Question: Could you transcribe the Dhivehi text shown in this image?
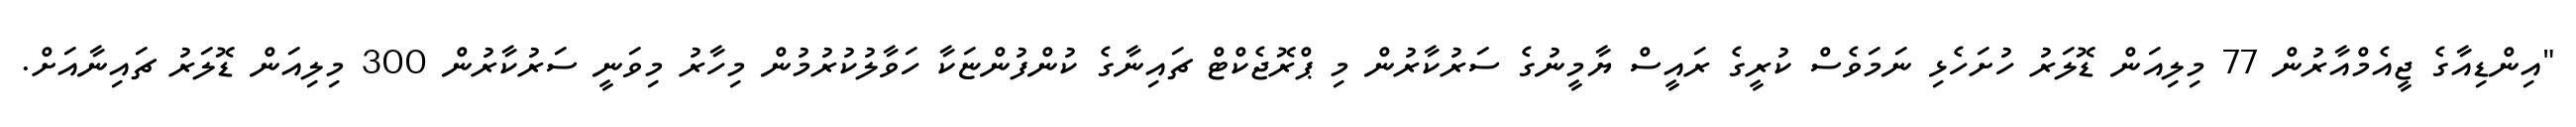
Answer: "އިންޑިއާގެ ޖީއެމްއާރުން 77 މިލިއަން ޑޮލަރު ހުށަހެޅި ނަމަވެސް ކުރީގެ ރައީސް ޔާމީނުގެ ސަރުކާރުން މި ޕްރޮޖެކްޓް ޗައިނާގެ ކުންފުންޏަކާ ހަވާލުކުރުމުން މިހާރު މިވަނީ ސަރުކާރުން 300 މިލިއަން ޑޮލަރު ޗައިނާއަށް.